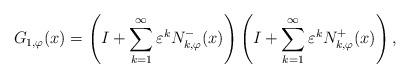
LaTeX: \begin{align*}G_{1, \varphi}(x) = \left({I}+\sum\limits_{k=1}^{\infty} \varepsilon^k N_{k,\varphi}^{-}(x) \right)\left({I}+\sum\limits_{k=1}^{\infty} \varepsilon^k N_{k,\varphi}^{+}(x) \right),\end{align*}